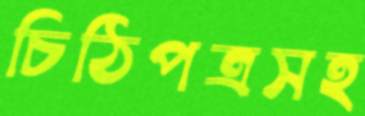
চিঠিপত্রসহ